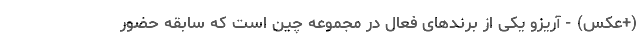
(+عکس) - آریزو یکی از برندهای فعال در مجموعه چین است که سابقه حضور